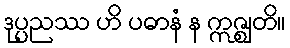
ဒုပ္ပညဿ ဟိ ပဓာနံ န ဣဇ္ဈတိ။